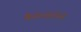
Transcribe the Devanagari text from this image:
कैटेगोरीज़